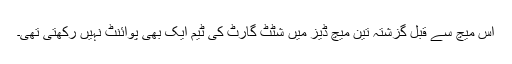
اس میچ سے قبل گزشتہ تین میچ ڈیز میں شٹٹ گارٹ کی ٹیم ایک بھی پوائنٹ نہیں رکھتی تھی۔